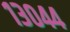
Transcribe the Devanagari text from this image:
१३०४४